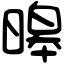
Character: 暤